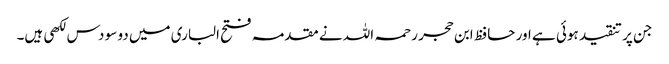
جن پر تنقید ہوئی ہے اور حافظ ابن حجر رحمہ اللہ نے مقدمہ فتح الباری میں دو سو دس لکھی ہیں۔